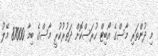
މި ދުންތަރި މާސްގެ އޯބިޓް ހުރަސްކޮށް ދަތުރުކުރީ މާސްގެ ބިމާ 87000 މޭލު